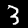
Digit: 3